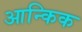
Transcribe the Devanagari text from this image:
आन्किक